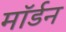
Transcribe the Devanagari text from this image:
माॅर्डन